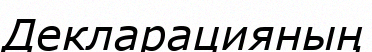
Декларацияның